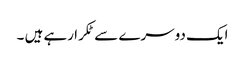
ایک دوسرے سے ٹکرا رہے ہیں ۔